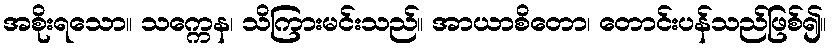
အစိုးရသော။ သက္ကေန၊ သိကြားမင်းသည်။ အာယာစိတော၊ တောင်းပန်သည်ဖြစ်၍။